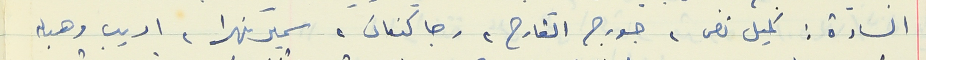
السادة : كميل نص، جورج القارح، رجا كنعان، سمير نهرا، اديب وهبه